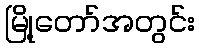
မြို့တော်အတွင်း